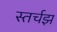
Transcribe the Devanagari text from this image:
स्तर्चझ